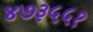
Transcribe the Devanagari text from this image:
४७३५५१